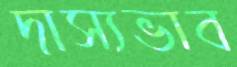
দাস্যভাব